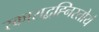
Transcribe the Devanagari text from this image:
रकाराद्वह्निस्तोयं